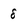
Character: 8